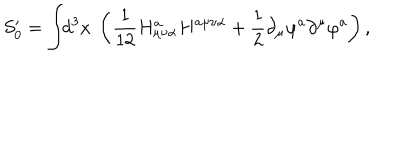
LaTeX: S _ { 0 } ^ { \prime } = \int \! \! d ^ { 3 } x ~ \left( \frac 1 { 1 2 } H _ { \mu \nu \alpha } ^ { a } H ^ { a \mu \nu \alpha } + \frac 1 2 \partial _ { \mu } \varphi ^ { a } \partial ^ { \mu } \varphi ^ { a } \right) ,